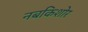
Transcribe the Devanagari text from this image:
नबकिशोर